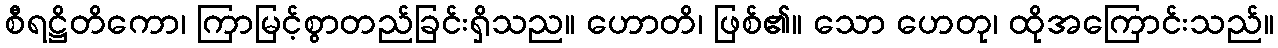
စီရဋ္ဌိတိကော၊ ကြာမြင့်စွာတည်ခြင်းရှိသည။ ဟောတိ၊ ဖြစ်၏။ သော ဟေတု၊ ထိုအကြောင်းသည်။